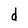
Character: d